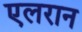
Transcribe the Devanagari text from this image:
एलरान